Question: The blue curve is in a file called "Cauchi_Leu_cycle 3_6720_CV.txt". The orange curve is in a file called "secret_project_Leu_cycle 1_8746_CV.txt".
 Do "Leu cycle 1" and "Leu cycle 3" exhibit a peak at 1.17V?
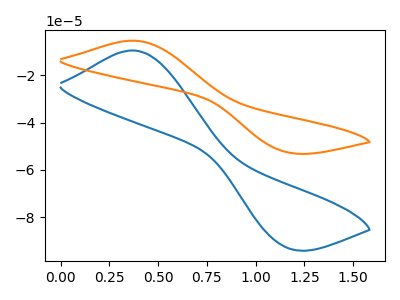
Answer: <think>The blue curve "Leu cycle 3" has an anodic peak at (0.35V, -9.55uA) and a cathodic peak at (1.15V, -93.05uA). The orange curve "Leu cycle 1" has an anodic peak at (0.35V, -5.40uA) and a cathodic peak at (1.15V, -52.60uA).</think>
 <answer>Yes, "Leu cycle 1" and "Leu cycle 3" share a peak at 1.17V.</answer>
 <eval>match</eval>